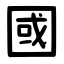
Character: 國